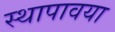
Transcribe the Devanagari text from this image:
स्थापावया